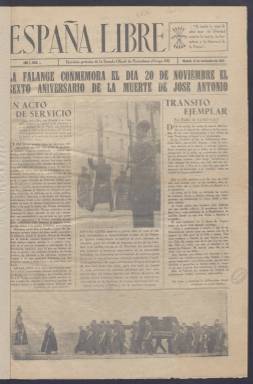
Título: España libre (Madrid. 1942)
Colección: Periódicos
Ámbito geográfico: Madrid
Lugar de publicación: Madrid
Fechas: 14/11/1942-03/06/1943